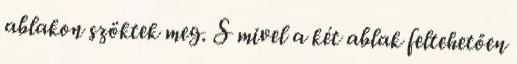
ablakon szöktek meg. S mivel a két ablak feltehetően